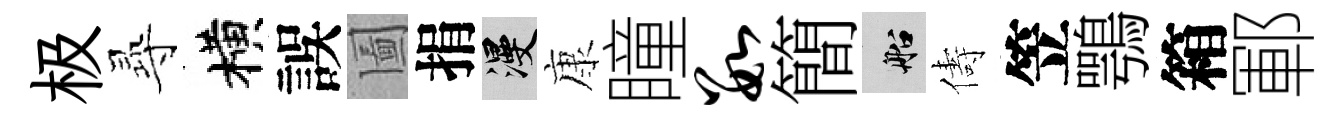
极𡬶横誤圗捐漫康瞳数簡船儔笠鶚箱鄆